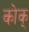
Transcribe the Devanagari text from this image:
कोक्